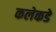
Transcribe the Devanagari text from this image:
कलेकडे